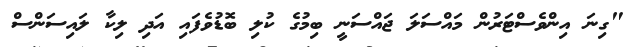
"ގިނަ އިންވެސްޓަރުން މައްސަލަ ޖައްސަނީ ބިމުގެ ކުލި ބޮޑުވެފައި އަދި ލިކާ ލައިސަންސް